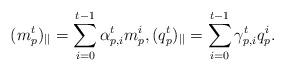
LaTeX: \begin{align*}(m_p^t)_{||}=\sum_{i=0}^{t-1}\alpha_{p,i}^tm_p^i,(q_p^t)_{||}=\sum_{i=0}^{t-1}\gamma_{p,i}^tq_p^i.\end{align*}